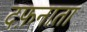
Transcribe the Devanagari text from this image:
दफ़नाता